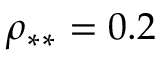
\rho _ { * * } = 0 . 2